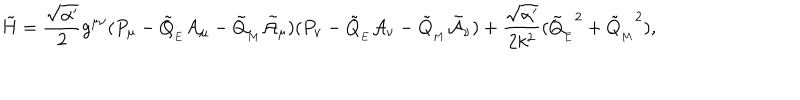
LaTeX: \tilde { H } = \frac { \sqrt { \alpha ^ { \prime } } } { 2 } g ^ { \mu \nu } ( P _ { \mu } - \tilde { Q } _ { _ { E } } { \cal A } _ { \mu } - \tilde { Q } _ { _ { M } } \tilde { \cal A } _ { \mu } ) ( P _ { \nu } - \tilde { Q } _ { _ { E } } { \cal A } _ { \nu } - \tilde { Q } _ { _ { M } } \tilde { \cal A } _ { \nu } ) + \frac { \sqrt { \alpha ^ { \prime } } } { 2 k ^ { 2 } } ( { \tilde { Q } _ { _ { E } } } ^ { 2 } + { \tilde { Q } _ { _ { M } } } ^ { 2 } ) ,